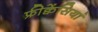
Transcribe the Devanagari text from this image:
फ्रीक्वेंसियां